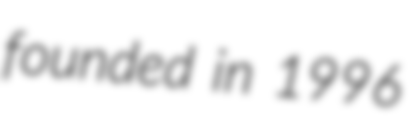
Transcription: founded in 1996